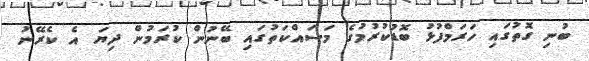
ބުނި ގޮތުގައި ހަރަމްފުޅު ބޮޑުކުރުމުގެ މަސައްކަތުގައި ބޭނުން ކުރަމުން ދިޔަ އެ ކެރޭނު